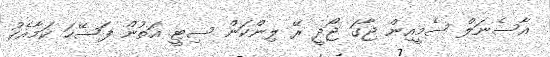
އާސެނަލް ސެމީއިން ޖާގަ ޖޯދީ ރޭ ލިންކަން ސިޓީ އަތުން ފަސޭހަ ކަމާއެކު